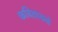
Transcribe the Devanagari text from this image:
कवितांकडे